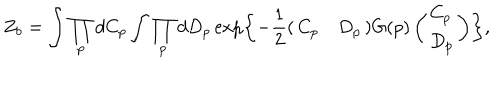
LaTeX: Z _ { b } = \int \prod _ { p } d C _ { p } \int \prod _ { p } d D _ { p } \exp \left\{ - \frac { 1 } { 2 } ( \begin{array} { l l } { { C _ { p } } } & { { D _ { p } } } \\ \end{array} ) G ( p ) \left( \begin{array} { l } { { C _ { p } } } \\ { { D _ { p } } } \\ \end{array} \right) \right\} ,